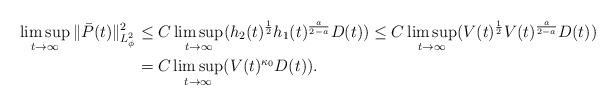
LaTeX: \begin{align*}\limsup_{t\to\infty} \| \bar{P}(t)\|_{L_\phi^2}^2 &\le C\limsup_{t\to\infty}( h_2(t)^\frac12h_1(t)^\frac{a}{2-a}D(t)) \le C\limsup_{t\to\infty} ( V(t)^\frac12 V(t)^\frac{a}{2-a}D(t))\\&= C\limsup_{t\to\infty} ( V(t)^{\kappa_0}D(t)).\end{align*}